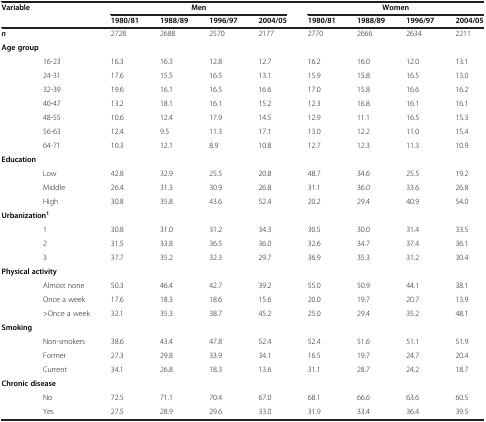
<table><thead><tr><td><b>Variable</b></td><td colspan="4"><b>Men</b></td><td colspan="4"><b>Women</b></td></tr><tr><td><b> </b></td><td><b>1980/81</b></td><td><b>1988/89</b></td><td><b>1996/97</b></td><td><b>2004/05</b></td><td><b>1980/81</b></td><td><b>1988/89</b></td><td><b>1996/97</b></td><td><b>2004/05</b></td></tr></thead><tbody><tr><td><b><i>n</i></b></td><td>2728</td><td>2688</td><td>2570</td><td>2177</td><td>2770</td><td>2666</td><td>2634</td><td>2211</td></tr><tr><td><b>Age group</b></td><td> </td><td> </td><td> </td><td> </td><td> </td><td> </td><td> </td><td> </td></tr><tr><td>16-23</td><td>16.3</td><td>16.3</td><td>12.8</td><td>12.7</td><td>16.2</td><td>16.0</td><td>12.0</td><td>13.1</td></tr><tr><td>24-31</td><td>17.6</td><td>15.5</td><td>16.5</td><td>13.1</td><td>15.9</td><td>15.8</td><td>16.5</td><td>13.0</td></tr><tr><td>32-39</td><td>19.6</td><td>16.1</td><td>16.5</td><td>16.6</td><td>17.0</td><td>15.8</td><td>16.6</td><td>16.2</td></tr><tr><td>40-47</td><td>13.2</td><td>18.1</td><td>16.1</td><td>15.2</td><td>12.3</td><td>16.8</td><td>16.1</td><td>16.1</td></tr><tr><td>48-55</td><td>10.6</td><td>12.4</td><td>17.9</td><td>14.5</td><td>12.9</td><td>11.1</td><td>16.5</td><td>15.3</td></tr><tr><td>56-63</td><td>12.4</td><td>9.5</td><td>11.3</td><td>17.1</td><td>13.0</td><td>12.2</td><td>11.0</td><td>15.4</td></tr><tr><td>64-71</td><td>10.3</td><td>12.1</td><td>8.9</td><td>10.8</td><td>12.7</td><td>12.3</td><td>11.3</td><td>10.9</td></tr><tr><td><b>Education</b></td><td> </td><td> </td><td> </td><td> </td><td> </td><td> </td><td> </td><td> </td></tr><tr><td>Low</td><td>42.8</td><td>32.9</td><td>25.5</td><td>20.8</td><td>48.7</td><td>34.6</td><td>25.5</td><td>19.2</td></tr><tr><td>Middle</td><td>26.4</td><td>31.3</td><td>30.9</td><td>26.8</td><td>31.1</td><td>36.0</td><td>33.6</td><td>26.8</td></tr><tr><td>High</td><td>30.8</td><td>35.8</td><td>43.6</td><td>52.4</td><td>20.2</td><td>29.4</td><td>40.9</td><td>54.0</td></tr><tr><td><b>Urbanization</b><sup><b>1</b></sup></td><td> </td><td> </td><td> </td><td> </td><td> </td><td> </td><td> </td><td> </td></tr><tr><td>1</td><td>30.8</td><td>31.0</td><td>31.2</td><td>34.3</td><td>30.5</td><td>30.0</td><td>31.4</td><td>33.5</td></tr><tr><td>2</td><td>31.5</td><td>33.8</td><td>36.5</td><td>36.0</td><td>32.6</td><td>34.7</td><td>37.4</td><td>36.1</td></tr><tr><td>3</td><td>37.7</td><td>35.2</td><td>32.3</td><td>29.7</td><td>36.9</td><td>35.3</td><td>31.2</td><td>30.4</td></tr><tr><td><b>Physical activity</b></td><td> </td><td> </td><td> </td><td> </td><td> </td><td> </td><td> </td><td> </td></tr><tr><td>Almost none</td><td>50.3</td><td>46.4</td><td>42.7</td><td>39.2</td><td>55.0</td><td>50.9</td><td>44.1</td><td>38.1</td></tr><tr><td>Once a week</td><td>17.6</td><td>18.3</td><td>18.6</td><td>15.6</td><td>20.0</td><td>19.7</td><td>20.7</td><td>13.9</td></tr><tr><td>&gt;Once a week</td><td>32.1</td><td>35.3</td><td>38.7</td><td>45.2</td><td>25.0</td><td>29.4</td><td>35.2</td><td>48.1</td></tr><tr><td><b>Smoking</b></td><td> </td><td> </td><td> </td><td> </td><td> </td><td> </td><td> </td><td> </td></tr><tr><td>Non-smokers</td><td>38.6</td><td>43.4</td><td>47.8</td><td>52.4</td><td>52.4</td><td>51.6</td><td>51.1</td><td>51.9</td></tr><tr><td>Former</td><td>27.3</td><td>29.8</td><td>33.9</td><td>34.1</td><td>16.5</td><td>19.7</td><td>24.7</td><td>20.4</td></tr><tr><td>Current</td><td>34.1</td><td>26.8</td><td>18.3</td><td>13.6</td><td>31.1</td><td>28.7</td><td>24.2</td><td>18.7</td></tr><tr><td><b>Chronic disease</b></td><td> </td><td> </td><td> </td><td> </td><td> </td><td> </td><td> </td><td> </td></tr><tr><td>No</td><td>72.5</td><td>71.1</td><td>70.4</td><td>67.0</td><td>68.1</td><td>66.6</td><td>63.6</td><td>60.5</td></tr><tr><td>Yes</td><td>27.5</td><td>28.9</td><td>29.6</td><td>33.0</td><td>31.9</td><td>33.4</td><td>36.4</td><td>39.5</td></tr></tbody></table>